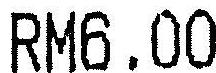
RM6.00